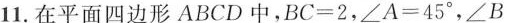
11.在平面四边形A B C D中，$$B C = 2$$，$$∠ A = 4 5°$$，∠B